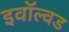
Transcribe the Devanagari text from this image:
इवॉल्वड